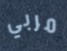
مربي